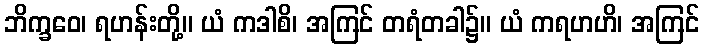
ဘိက္ခဝေ၊ ရဟန်းတို့။ ယံ ကဒါစိ၊ အကြင် တရံတခါ၌။ ယံ ကရဟဟိ၊ အကြင်